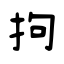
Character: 拘